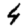
Digit: 4